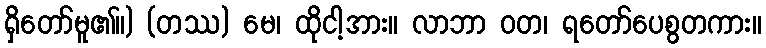
ရှိတော်မူ၏။) (တဿ) မေ၊ ထိုငါ့အား။ လာဘာ ဝတ၊ ရတော်ပေစွတကား။